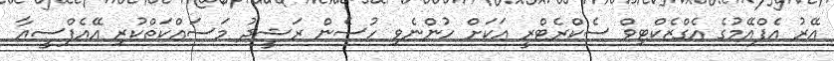
އޭރު އެފްއޭމުގެ އެގްޒެކްޓިވް ސެކްރެޓްރީ އަކަށް ހުންނެވި ހުސެން ރަޝީދު މަސައްކަތްކުރި އޭއެފްސީއާ